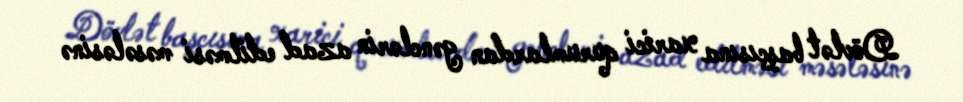
Dövlət başçısına xarici qurumlardan gənclərin azad edilməsi məsələsinə